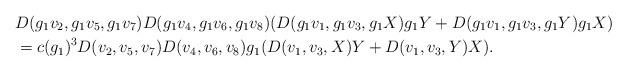
LaTeX: \begin{align*}& D(g_1v_2,g_1v_5,g_1v_7)D(g_1v_4,g_1v_6,g_1v_8)(D(g_1v_1,g_1v_3,g_1X)g_1Y+D(g_1v_1,g_1v_3,g_1Y)g_1X) \\& = c(g_1)^3D(v_2,v_5,v_7)D(v_4,v_6,v_8) g_1(D(v_1,v_3,X)Y+D(v_1,v_3,Y)X).\end{align*}